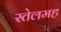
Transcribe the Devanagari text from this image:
स्तेलमह